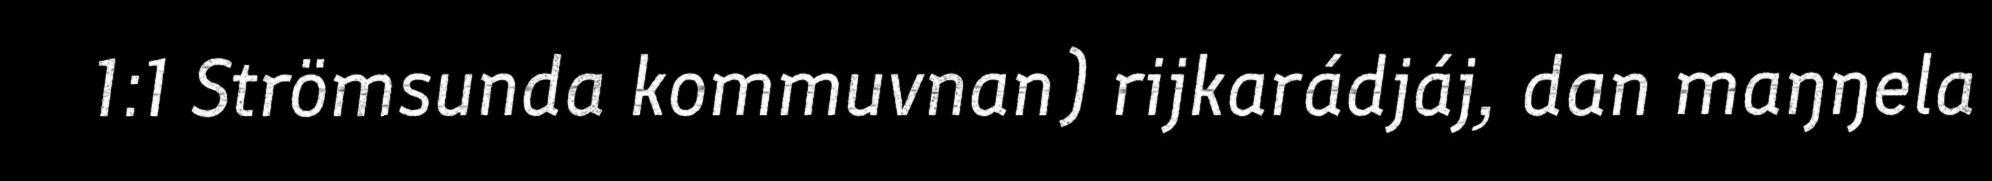
1:1 Strömsunda kommuvnan) rijkarádjáj, dan maŋŋela